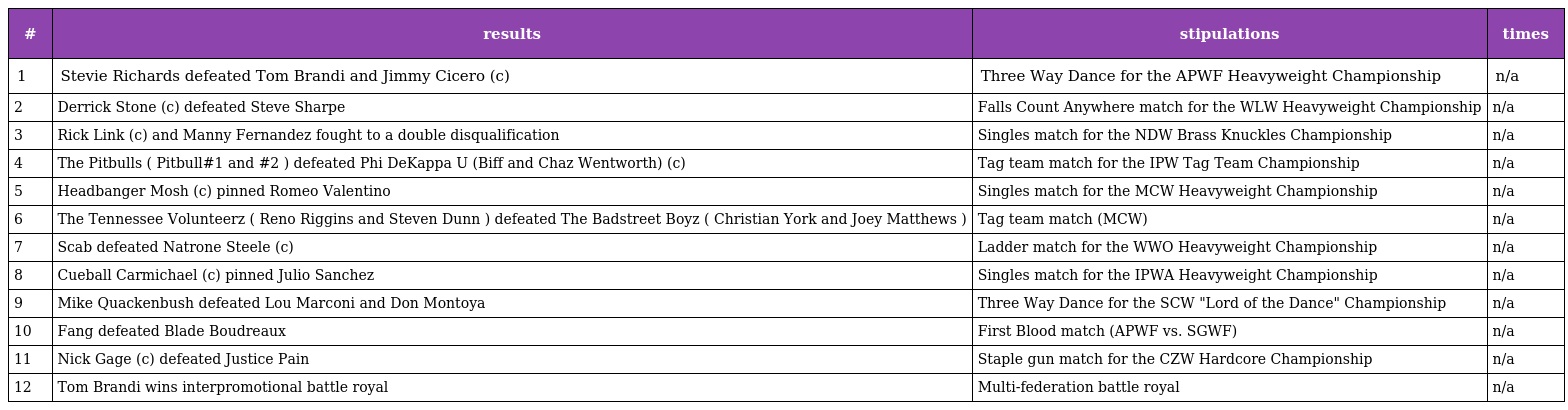
| # | results | stipulations | times |
 | --- | --- | --- | --- |
 | 1 | Stevie Richards defeated Tom Brandi and Jimmy Cicero (c) | Three Way Dance for the APWF Heavyweight Championship | n/a |
 | 2 | Derrick Stone (c) defeated Steve Sharpe | Falls Count Anywhere match for the WLW Heavyweight Championship | n/a |
 | 3 | Rick Link (c) and Manny Fernandez fought to a double disqualification | Singles match for the NDW Brass Knuckles Championship | n/a |
 | 4 | The Pitbulls ( Pitbull#1 and #2 ) defeated Phi DeKappa U (Biff and Chaz Wentworth) (c) | Tag team match for the IPW Tag Team Championship | n/a |
 | 5 | Headbanger Mosh (c) pinned Romeo Valentino | Singles match for the MCW Heavyweight Championship | n/a |
 | 6 | The Tennessee Volunteerz ( Reno Riggins and Steven Dunn ) defeated The Badstreet Boyz ( Christian York and Joey Matthews ) | Tag team match (MCW) | n/a |
 | 7 | Scab defeated Natrone Steele (c) | Ladder match for the WWO Heavyweight Championship | n/a |
 | 8 | Cueball Carmichael (c) pinned Julio Sanchez | Singles match for the IPWA Heavyweight Championship | n/a |
 | 9 | Mike Quackenbush defeated Lou Marconi and Don Montoya | Three Way Dance for the SCW "Lord of the Dance" Championship | n/a |
 | 10 | Fang defeated Blade Boudreaux | First Blood match (APWF vs. SGWF) | n/a |
 | 11 | Nick Gage (c) defeated Justice Pain | Staple gun match for the CZW Hardcore Championship | n/a |
 | 12 | Tom Brandi wins interpromotional battle royal | Multi-federation battle royal | n/a |